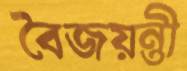
বৈজয়ন্তী